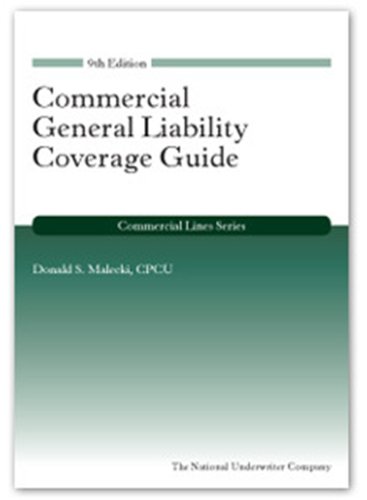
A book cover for Commercial General Liability Coverage Guide (Commercial Lines); CPCU; Business & Money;